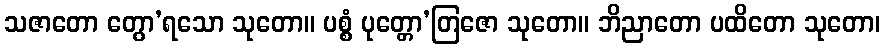
သဇာတော တွော’ရသော သုတော။ ပစ္စံ ပုတ္တော’တြဇော သုတော။ ဘိညာတော ပထိတော သုတော၊